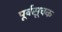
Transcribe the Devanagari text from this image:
पूर्वसूचक